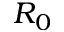
R _ { 0 }